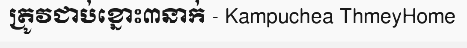
ត្រូវជាប់ខ្នោះ៣នាក់ - Kampuchea ThmeyHome